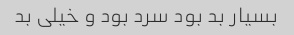
بسیار بد بود سرد بود و خیلی بد